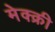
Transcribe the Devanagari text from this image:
मेक्क्री